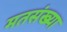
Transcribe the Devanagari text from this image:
मतसंख्या